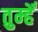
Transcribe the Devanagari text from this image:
तुम्हेँ